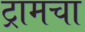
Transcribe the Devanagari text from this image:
ट्रामचा